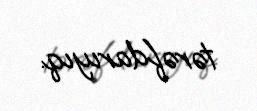
tərəfdarıyıq.